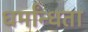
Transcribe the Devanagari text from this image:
धर्मांन्धता